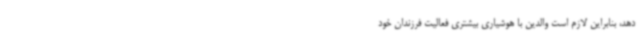
دهد، بنابراین لازم است والدین با هوشیاری بیشتری فعالیت فرزندان خود